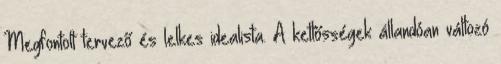
Megfontolt tervező és lelkes idealista. A kettősségek állandóan változó